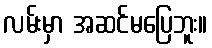
လမ်းမှာ အဆင်မပြေဘူး။